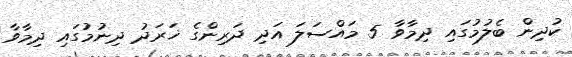
ކުދިން ބެލުމުގައި ދިމާވާ 5 މައްސަލަ އަދި ދަރިންގެ ޚަރަދު ދިނުމުގައި ދިމާވާ